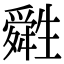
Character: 𤯷